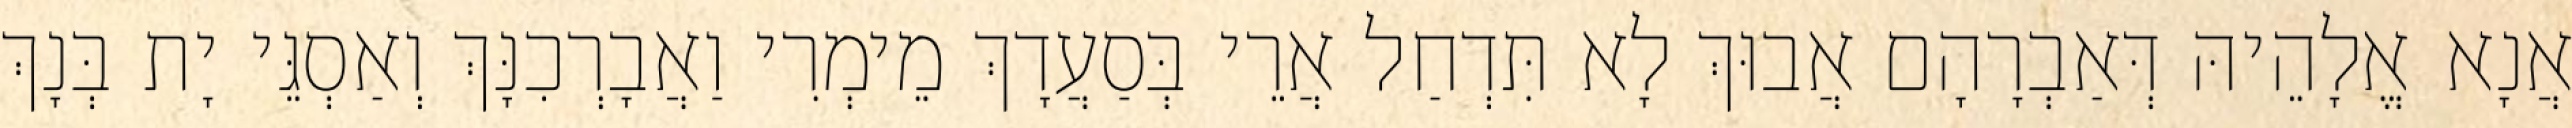
אֲנָא אֱלָהֵיהּ דְּאַבְרָהָם אֲבוּךְ לָא תִּדְחַל אֲרֵי בְּסַעֲדָךְ מֵימְרִי וַאֲבָרְכִנָּךְ וְאַסְגֵּי יָת בְּנָךְ